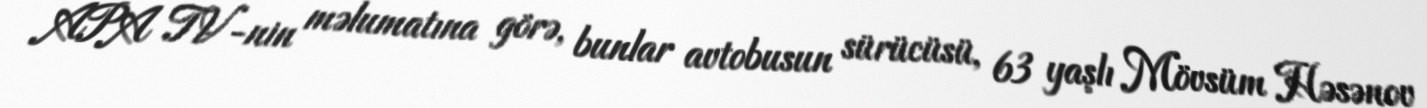
APA TV-nin məlumatına görə, bunlar avtobusun sürücüsü, 63 yaşlı Mövsüm Həsənov